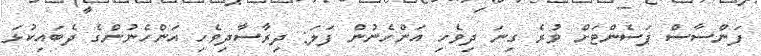
ފަންސާސް ޕަސެންޓަށް ވުރެ ގިނަ ދިވެހި އަންހެނުން ފަލަ: ދިރާސާދިވެހި އަންހެނުންގެ ދެބައިކުޅަ